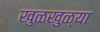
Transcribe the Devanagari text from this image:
खुळखुळ्या